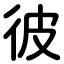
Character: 彼